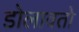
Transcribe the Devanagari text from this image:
डोलावतो